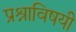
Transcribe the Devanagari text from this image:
प्रश्नाविषयी